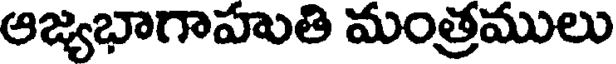
ఆజ్యభాగాహుతి మంత్రములు